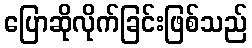
ပြောဆိုလိုက်ခြင်းဖြစ်သည်